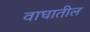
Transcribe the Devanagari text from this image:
वाघातील